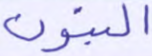
البنون